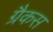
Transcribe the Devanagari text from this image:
ग्रैकस